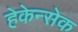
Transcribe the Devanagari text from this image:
हेकेन्सेक